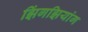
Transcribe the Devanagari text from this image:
झिंगझियांग